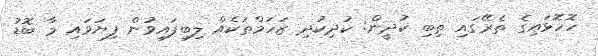
ހޮހޮޅައިގެ ތެރޭގައި ތިބި ކުދީން: ކުދިކުދި ޒަހަމްތަކެއް ލިބިފައިވުން ފިޔަވައި މާ ބޮޑު